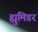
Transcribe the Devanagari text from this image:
ह्युमिडर